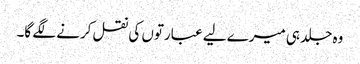
وہ جلد ہی میرے لیے عبارتوں کی نقل کرنے لگے گا۔